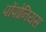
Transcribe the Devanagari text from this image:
पोंपोनियस